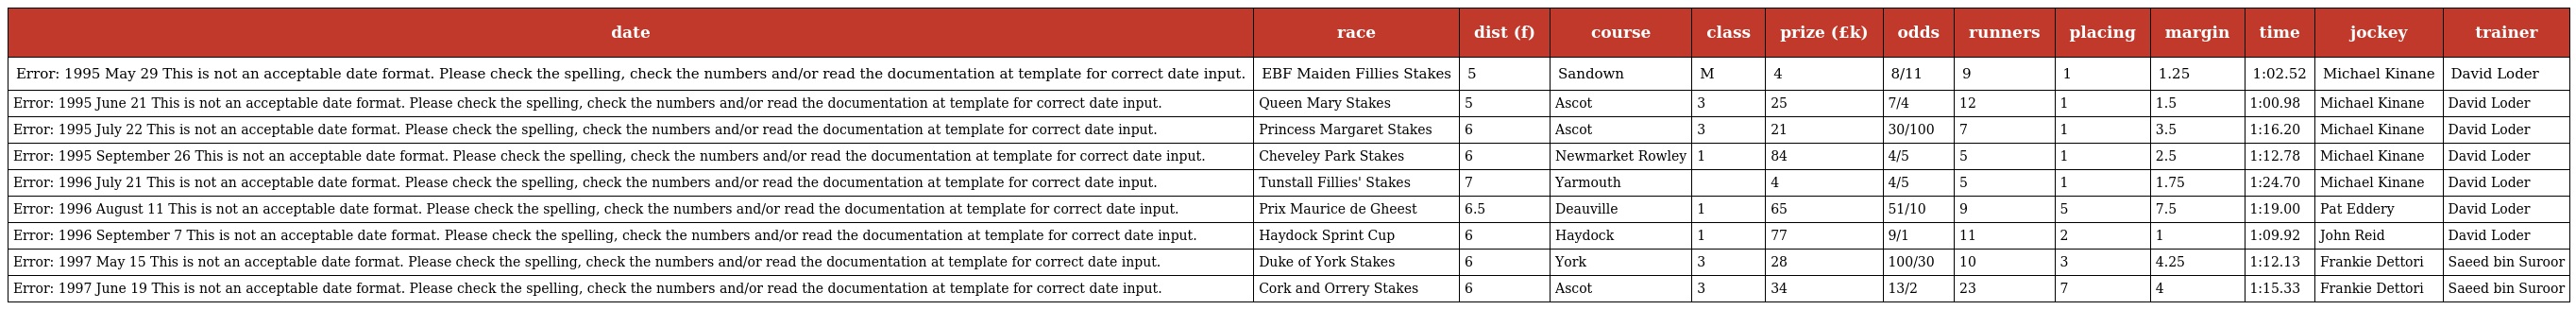
| date | race | dist (f) | course | class | prize (£k) | odds | runners | placing | margin | time | jockey | trainer |
 | --- | --- | --- | --- | --- | --- | --- | --- | --- | --- | --- | --- | --- |
 | Error: 1995 May 29 This is not an acceptable date format. Please check the spelling, check the numbers and/or read the documentation at template for correct date input. | EBF Maiden Fillies Stakes | 5 | Sandown | M | 4 | 8/11 | 9 | 1 | 1.25 | 1:02.52 | Michael Kinane | David Loder |
 | Error: 1995 June 21 This is not an acceptable date format. Please check the spelling, check the numbers and/or read the documentation at template for correct date input. | Queen Mary Stakes | 5 | Ascot | 3 | 25 | 7/4 | 12 | 1 | 1.5 | 1:00.98 | Michael Kinane | David Loder |
 | Error: 1995 July 22 This is not an acceptable date format. Please check the spelling, check the numbers and/or read the documentation at template for correct date input. | Princess Margaret Stakes | 6 | Ascot | 3 | 21 | 30/100 | 7 | 1 | 3.5 | 1:16.20 | Michael Kinane | David Loder |
 | Error: 1995 September 26 This is not an acceptable date format. Please check the spelling, check the numbers and/or read the documentation at template for correct date input. | Cheveley Park Stakes | 6 | Newmarket Rowley | 1 | 84 | 4/5 | 5 | 1 | 2.5 | 1:12.78 | Michael Kinane | David Loder |
 | Error: 1996 July 21 This is not an acceptable date format. Please check the spelling, check the numbers and/or read the documentation at template for correct date input. | Tunstall Fillies' Stakes | 7 | Yarmouth |  | 4 | 4/5 | 5 | 1 | 1.75 | 1:24.70 | Michael Kinane | David Loder |
 | Error: 1996 August 11 This is not an acceptable date format. Please check the spelling, check the numbers and/or read the documentation at template for correct date input. | Prix Maurice de Gheest | 6.5 | Deauville | 1 | 65 | 51/10 | 9 | 5 | 7.5 | 1:19.00 | Pat Eddery | David Loder |
 | Error: 1996 September 7 This is not an acceptable date format. Please check the spelling, check the numbers and/or read the documentation at template for correct date input. | Haydock Sprint Cup | 6 | Haydock | 1 | 77 | 9/1 | 11 | 2 | 1 | 1:09.92 | John Reid | David Loder |
 | Error: 1997 May 15 This is not an acceptable date format. Please check the spelling, check the numbers and/or read the documentation at template for correct date input. | Duke of York Stakes | 6 | York | 3 | 28 | 100/30 | 10 | 3 | 4.25 | 1:12.13 | Frankie Dettori | Saeed bin Suroor |
 | Error: 1997 June 19 This is not an acceptable date format. Please check the spelling, check the numbers and/or read the documentation at template for correct date input. | Cork and Orrery Stakes | 6 | Ascot | 3 | 34 | 13/2 | 23 | 7 | 4 | 1:15.33 | Frankie Dettori | Saeed bin Suroor |